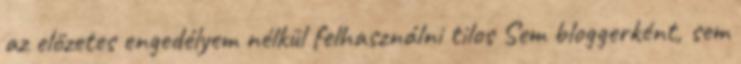
az előzetes engedélyem nélkül felhasználni tilos Sem bloggerként, sem